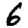
Digit: 6